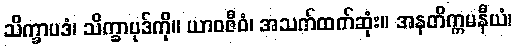
သိက္ခာပဒံ၊ သိက္ခာပုဒ်ကို။ ယာဝဇီဝံ၊ အသက်ထက်ဆုံး။ အနတိက္ကမနီယံ၊